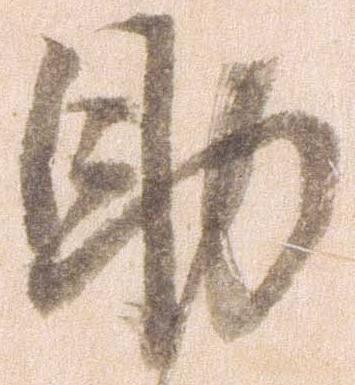
助